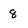
Character: 8